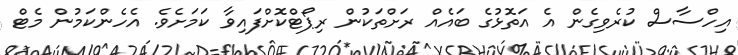
އިހްސާސް ކުރެވިގެން އެ އަތޮޅުގެ ބައެއް ރަށްތަކުން ރިޕޯޓްކޮށްފައިވާ ކަމަށެެވެ. އެހެންކަމުން މެޓް